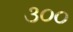
૩૦૦